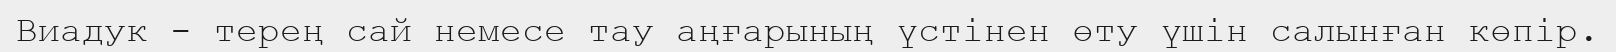
Виадук - терең сай немесе тау аңғарының үстінен өту үшін салынған көпір.